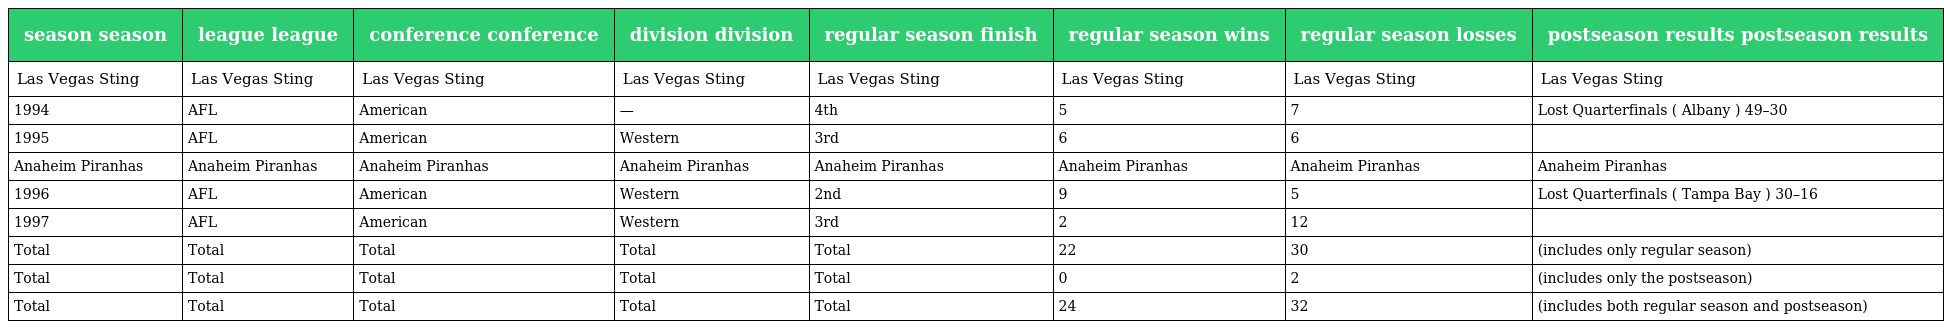
| season season | league league | conference conference | division division | regular season finish | regular season wins | regular season losses | postseason results postseason results |
 | --- | --- | --- | --- | --- | --- | --- | --- |
 | Las Vegas Sting | Las Vegas Sting | Las Vegas Sting | Las Vegas Sting | Las Vegas Sting | Las Vegas Sting | Las Vegas Sting | Las Vegas Sting |
 | 1994 | AFL | American | — | 4th | 5 | 7 | Lost Quarterfinals ( Albany ) 49–30 |
 | 1995 | AFL | American | Western | 3rd | 6 | 6 |  |
 | Anaheim Piranhas | Anaheim Piranhas | Anaheim Piranhas | Anaheim Piranhas | Anaheim Piranhas | Anaheim Piranhas | Anaheim Piranhas | Anaheim Piranhas |
 | 1996 | AFL | American | Western | 2nd | 9 | 5 | Lost Quarterfinals ( Tampa Bay ) 30–16 |
 | 1997 | AFL | American | Western | 3rd | 2 | 12 |  |
 | Total | Total | Total | Total | Total | 22 | 30 | (includes only regular season) |
 | Total | Total | Total | Total | Total | 0 | 2 | (includes only the postseason) |
 | Total | Total | Total | Total | Total | 24 | 32 | (includes both regular season and postseason) |